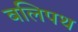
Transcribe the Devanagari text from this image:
बलिपथ